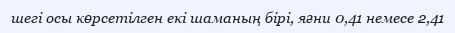
шегі осы көрсетілген екі шаманың бірі, яғни 0,41 немесе 2,41